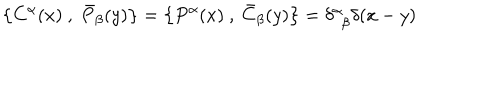
\left\{ C ^ { \alpha } ( x ) ~ , ~ \bar { P } _ { \beta } ( y ) \right\} = \left\{ P ^ { \alpha } ( x ) ~ , ~ \bar { C } _ { \beta } ( y ) \right\} = \delta _ { \hphantom { \alpha } \beta } ^ { \alpha } \delta ( x - y )